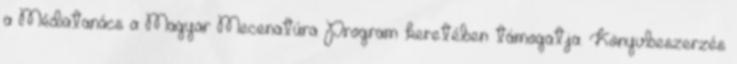
a Médiatanács a Magyar Mecenatúra Program keretében támogatja. Könyvbeszerzés